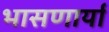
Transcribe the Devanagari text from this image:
भासणार्या